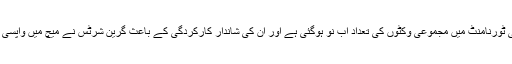
عامر کی ٹورنامنٹ میں مجموعی وکٹوں کی تعداد اب نو ہوگئی ہے اور ان کی شاندار کارکردگی کے باعث گرین شرٹس نے میچ میں واپسی کی ہے۔